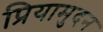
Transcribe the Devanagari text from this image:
प्रियामुदन